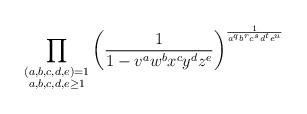
LaTeX: \begin{align*} \prod_{\substack{ (a,b,c,d,e)=1 \\ a,b,c,d,e \geq 1}} \left( \frac{1}{1-v^a w^b x^c y^d z^e} \right)^{\frac{1}{a^q b^r c^s d^t e^u}} \end{align*}